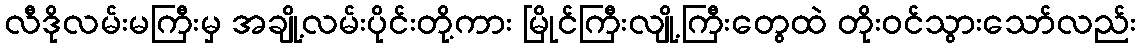
လီဒိုလမ်းမကြီးမှ အချို့လမ်းပိုင်းတို့ကား မြိုင်ကြီးလျို့ကြီးတွေထဲ တိုးဝင်သွားသော်လည်း